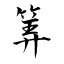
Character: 筭